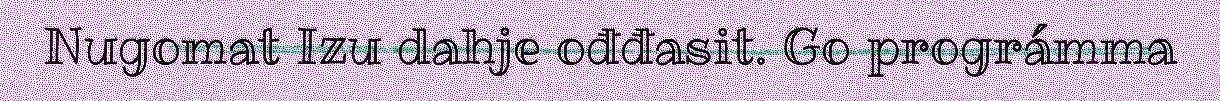
Nugomat Izu dahje ođđasit. Go prográmma